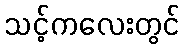
သင့်ကလေးတွင်